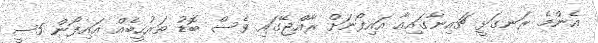
އެންމެ ރަނގަޅީ ޗައިނާގައިއާ އައިފޯނަށް ރާއްޖޭގައި ވެސް ބޮޑު ތަރުހީބެއް އައިފޯން 5ސީ